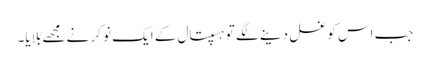
جب اس کو غسل دینے لگے تو ہسپتال کے ایک نوکر نے مجھے بُلایا۔